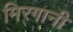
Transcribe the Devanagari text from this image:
मिरगानी